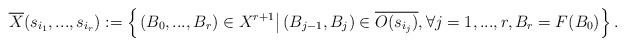
\begin{align*} \overline{X}(s_{i_1},...,s_{i_r}):=\left\{\left.(B_0,...,B_r)\in X^{r+1}\right|(B_{j-1},B_j)\in \overline{O(s_{i_j})}, \forall j=1,...,r, B_r=F(B_0)\right\}. \end{align*}